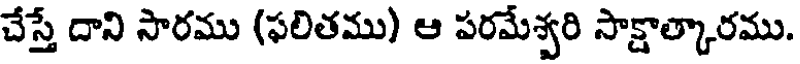
చేస్తే దాని సారము (ఫలితము) ఆ పరమేశ్వరి సాక్షాత్కారము.